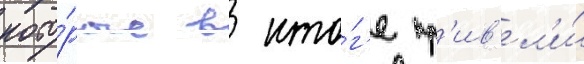
кото́рые в ито́г'е пр'ив'ел'и́